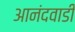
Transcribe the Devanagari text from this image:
आनंदवाडी